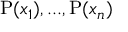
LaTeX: \mathrm { P } ( x _ { 1 } ) , . . . , \mathrm { P } ( x _ { n } )